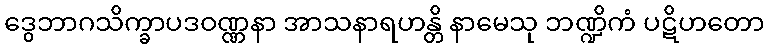
ဒွေဘာဂသိက္ခာပဒဝဏ္ဏနာ အာသနာရဟန္တိ နာမေသု ဘဏ္ဍိကံ ပဋိဟတော